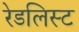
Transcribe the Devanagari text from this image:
रेडलिस्ट